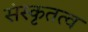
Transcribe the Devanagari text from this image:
संस्कृतत्व